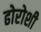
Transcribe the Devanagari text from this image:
ढोरोशी